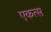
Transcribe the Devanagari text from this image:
एकत्स